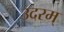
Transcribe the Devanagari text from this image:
उदरम्‌